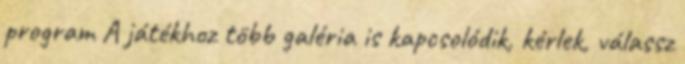
program A játékhoz több galéria is kapcsolódik, kérlek, válassz